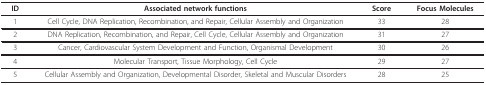
<table><thead><tr><td><b>ID</b></td><td><b>Associated network functions</b></td><td><b>Score</b></td><td><b>Focus Molecules</b></td></tr></thead><tbody><tr><td>1</td><td>Cell Cycle, DNA Replication, Recombination, and Repair, Cellular Assembly and Organization</td><td>33</td><td>28</td></tr><tr><td>2</td><td>DNA Replication, Recombination, and Repair, Cell Cycle, Cellular Assembly and Organization</td><td>31</td><td>27</td></tr><tr><td>3</td><td>Cancer, Cardiovascular System Development and Function, Organismal Development</td><td>30</td><td>26</td></tr><tr><td>4</td><td>Molecular Transport, Tissue Morphology, Cell Cycle</td><td>29</td><td>27</td></tr><tr><td>5</td><td>Cellular Assembly and Organization, Developmental Disorder, Skeletal and Muscular Disorders</td><td>28</td><td>25</td></tr></tbody></table>